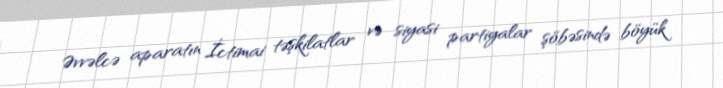
Əvvəlcə aparatın İctimai təşkilatlar və siyasi partiyalar şöbəsində böyük